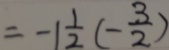
= - 1 \frac { 1 } { 2 } ( - \frac { 3 } { 2 } )